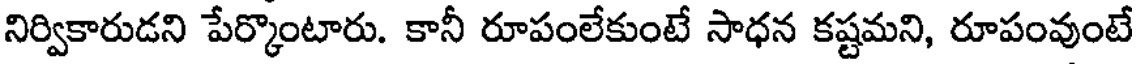
నిర్వికారుడని పేర్కొంటారు. కానీ రూపంలేకుంటే సాధన కష్టమని, రూపంవుంటే